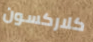
كلاركسون